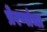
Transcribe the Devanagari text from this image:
प्रेरणांचा